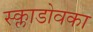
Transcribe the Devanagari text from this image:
स्क्लाडोवका